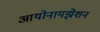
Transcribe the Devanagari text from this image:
आयोनायझेशन